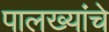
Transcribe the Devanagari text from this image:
पालख्यांचे